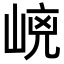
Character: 𡹕